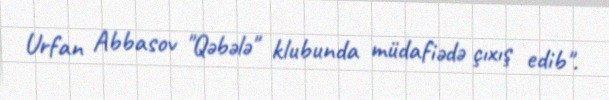
Urfan Abbasov "Qəbələ" klubunda müdafiədə çıxış edib".